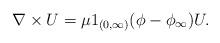
LaTeX: \begin{align*}\nabla \times U=\mu 1_{(0,\infty)}(\phi-\phi_{\infty} ) U.\end{align*}